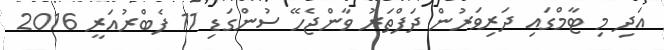
އަދި މި ޓާމްގައި ދަރިވަަރުން ދަފްތަރު ވާންޖެހޭ ސުންގަޑި 11 ފެބްރުއަރީ 2016